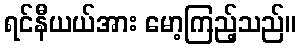
ရင်နီယယ်အား မော့ကြည့်သည်။